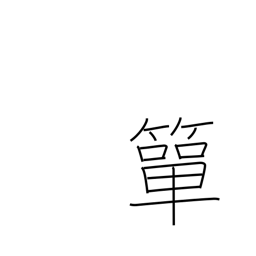
Meaning: small bamboo basket for holding